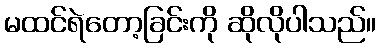
မထင်ရဲတော့ခြင်းကို ဆိုလိုပါသည်။